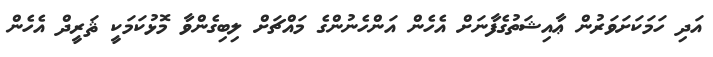
އަދި ހަމަކަށަވަރުން ޢާއިޝަތުގެފާނަށް އެހެން އަންހެނުންގެ މައްޗަށް ލިބިގެންވާ މޮޅުކަމަކީ ޘަރީދް އެހެން